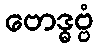
ဗောဒ္ဓဗ္ဗံ